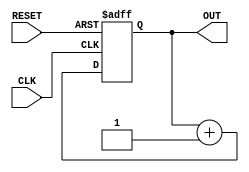
module counter(
    input wire       CLK,
    input wire       RESET,
    output reg [3:0] OUT);


    reg [3:0] counter = 0;

    initial begin
    OUT = 0;
    end

    always @(posedge CLK, posedge RESET) begin
        if (RESET) begin
            counter = 0;
            OUT     = 0;
        end else begin
            counter = counter + 1;
            OUT     = counter;
        end

    end

endmodule